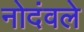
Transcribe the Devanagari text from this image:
नोदंवले